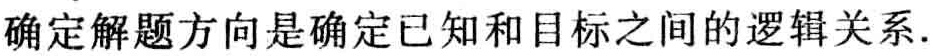
确定解题方向是确定已知和目标之间的逻辑关系.